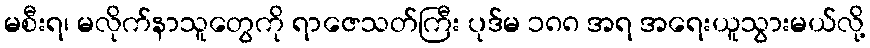
မစီးရ၊ မလိုက်နာသူတွေကို ရာဇေသတ်ကြီး ပုဒ်မ ၁၈၈ အရ အရေးယူသွားမယ်လို့